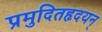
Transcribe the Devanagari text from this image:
प्रमुदितहृदयन्